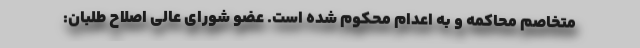
متخاصم محاکمه و به اعدام محکوم شده است. عضو شورای عالی اصلاح طلبان: